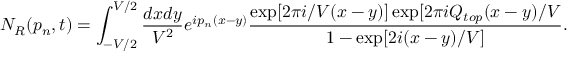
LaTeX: N _ { R } ( p _ { n } , t ) = \int _ { - V / 2 } ^ { V / 2 } \frac { d x d y } { V ^ { 2 } } e ^ { i p _ { n } ( x - y ) } \frac { \exp [ 2 \pi i / V ( x - y ) ] \exp [ 2 \pi i Q _ { t o p } ( x - y ) / V } { 1 - \exp [ 2 i ( x - y ) / V ] } .